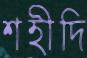
শহীদি